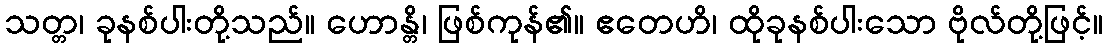
သတ္တ၊ ခုနစ်ပါးတို့သည်။ ဟောန္တိ၊ ဖြစ်ကုန်၏။ ဧတေဟိ၊ ထိုခုနစ်ပါးသော ဗိုလ်တို့ဖြင့်။